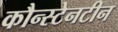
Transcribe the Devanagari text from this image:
कौन्स्टेनटीन